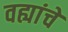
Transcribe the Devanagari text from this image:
वह्यांचे